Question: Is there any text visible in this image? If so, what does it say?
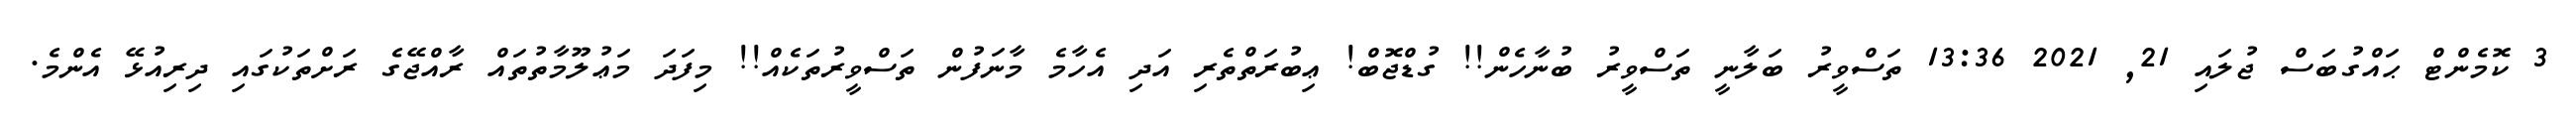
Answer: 3 ކޮމެންޓް ޙައްގުބަސް ޖުލައި 21, 2021 13:36 ތަސްވީރު ބަލާނީ ތަސްވީރު ބުނާހެން!! ގުޑްޖޮބް! ޢިބުރަތްތެރި އަދި އެހާމެ މާނަފުން ތަސްވީރުތަކެއް!! މިފަދަ މަޢުލޫމާތުތައް ރާއްޖޭގެ ރަށްތަކުގައި ދިރިއުޅޭ އެންމެ.